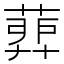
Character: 𦹉